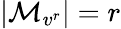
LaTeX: |\mathcal{M}_{v^{r}}|=r